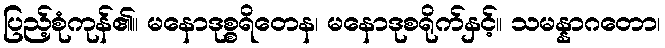
ပြည့်စုံကုန်၏။ မနောဒုစ္စရိတေန၊ မနောဒုစရိုက်နှင့်။ သမန္နာဂတော၊